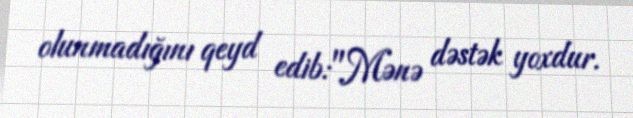
olunmadığını qeyd edib:"Mənə dəstək yoxdur.